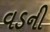
વડની